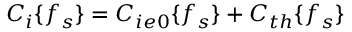
C _ { i } \{ f _ { s } \} = C _ { i e 0 } \{ f _ { s } \} + C _ { t h } \{ f _ { s } \}